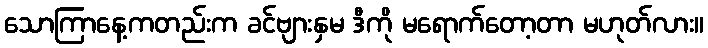
သောကြာနေ့ကတည်းက ခင်ဗျားနှမ ဒီကို မရောက်တော့တာ မဟုတ်လား။